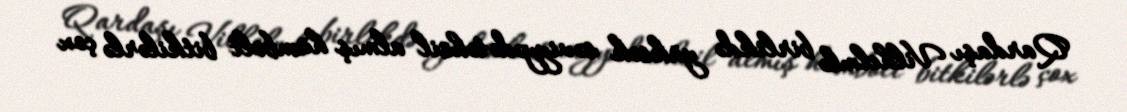
Qardaşı Vilhelmlə birlikdə yüksək səviyyədə təhsil almış hümbolt bitkilərlə çox